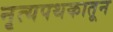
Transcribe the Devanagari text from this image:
नृत्यपथकातून